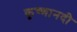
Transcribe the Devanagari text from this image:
कृष्णानदी